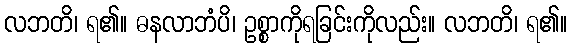
လဘတိ၊ ရ၏။ ဓနလာဘံပိ၊ ဥစ္စာကိုရခြင်းကိုလည်း။ လဘတိ၊ ရ၏။